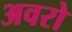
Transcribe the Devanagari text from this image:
अवरो